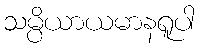
သမ္ပိယာယမာနရူပါ